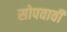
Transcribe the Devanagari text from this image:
सोपवावी